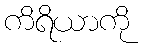
ကိရိယာကို